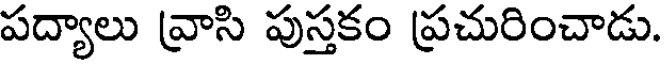
పద్యాలు వ్రాసి పుస్తకం ప్రచురించాడు.